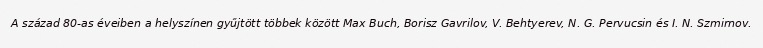
A század 80-as éveiben a helyszínen gyűjtött többek között Max Buch, Borisz Gavrilov, V. Behtyerev, N. G. Pervucsin és I. N. Szmirnov.